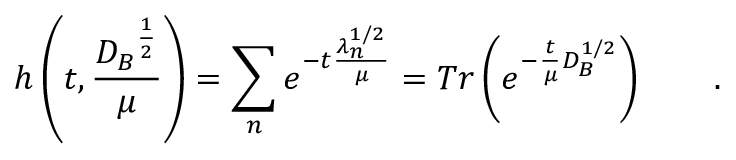
h \left( t , \frac { { D _ { B } } ^ { \frac 1 2 } } { \mu } \right) = \sum _ { n } e ^ { - t \frac { \lambda _ { n } ^ { 1 / 2 } } \mu } = T r \left( e ^ { - \frac t \mu D _ { B } ^ { 1 / 2 } } \right) \qquad .